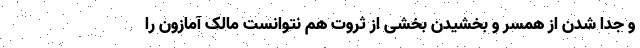
و جدا شدن از همسر و بخشیدن بخشی از ثروت هم نتوانست مالک آمازون را